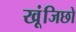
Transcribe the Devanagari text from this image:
खूंजिछो